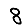
Digit: 8